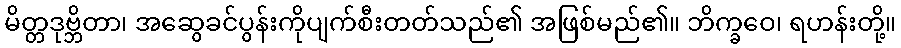
မိတ္တဒုဗ္ဘိတာ၊ အဆွေခင်ပွန်းကိုပျက်စီးတတ်သည်၏ အဖြစ်မည်၏။ ဘိက္ခဝေ၊ ရဟန်းတို့။